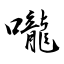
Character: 嚨